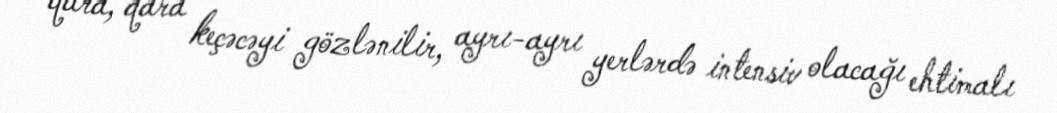
qara, qara keçəcəyi gözlənilir, ayrı-ayrı yerlərdə intensiv olacağı ehtimalı